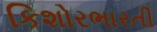
કિશોરભારતી